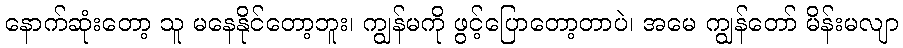
နောက်ဆုံးတော့ သူ မနေနိုင်တော့ဘူး၊ ကျွန်မကို ဖွင့်ပြောတော့တာပဲ၊ အမေ ကျွန်တော် မိန်းမလျာ